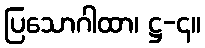
ပြသောဂါထာ၊ ဋ္ဌ-၄။